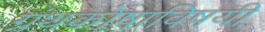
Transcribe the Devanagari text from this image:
ग्रंथकोषाविषयी